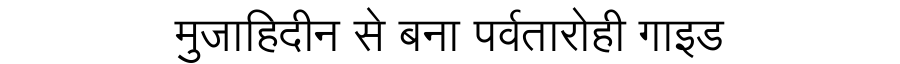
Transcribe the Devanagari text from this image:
मुजाहिदीन से बना पर्वतारोही गाइड